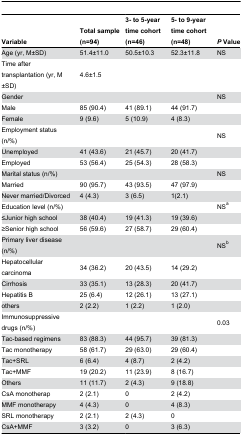
<table><thead><tr><td><b>Variable</b></td><td><b>Total sample (n=94)</b></td><td><b>3- to 5-year time cohort (n=46)</b></td><td><b>5- to 9-year time cohort (n=48)</b></td><td><b><i>P</i> Value</b></td></tr></thead><tbody><tr><td>Age (yr, M±SD)</td><td>51.4±11.0</td><td>50.5±10.3</td><td>52.3±11.8</td><td>NS</td></tr><tr><td>Time after transplantation (yr, M±SD)</td><td>4.6±1.5</td><td></td><td></td><td></td></tr><tr><td>Gender</td><td></td><td></td><td></td><td>NS</td></tr><tr><td> Male</td><td>85 (90.4)</td><td>41 (89.1)</td><td>44 (91.7)</td><td></td></tr><tr><td> Female</td><td>9 (9.6)</td><td>5 (10.9)</td><td>4 (8.3)</td><td></td></tr><tr><td>Employment status (n/%)</td><td></td><td></td><td></td><td>NS</td></tr><tr><td>Unemployed</td><td>41 (43.6)</td><td>21 (45.7)</td><td>20 (41.7)</td><td></td></tr><tr><td>Employed</td><td>53 (56.4)</td><td>25 (54.3)</td><td>28 (58.3)</td><td></td></tr><tr><td>Marital status (n/%)</td><td></td><td></td><td></td><td>NS</td></tr><tr><td>Married</td><td>90 (95.7)</td><td>43 (93.5)</td><td>47 (97.9)</td><td></td></tr><tr><td>Never married/Divorced</td><td>4 (4.3)</td><td>3 (6.5)</td><td>1(2.1)</td><td></td></tr><tr><td>Education level (n/%)</td><td></td><td></td><td></td><td>NS<sup>a</sup></td></tr><tr><td>≤Junior high school</td><td>38 (40.4)</td><td>19 (41.3)</td><td>19 (39.6)</td><td></td></tr><tr><td>≥Senior high school</td><td>56 (59.6)</td><td>27 (58.7)</td><td>29 (60.4)</td><td></td></tr><tr><td>Primary liver disease (n/%)</td><td></td><td></td><td></td><td>NS<sup>b</sup></td></tr><tr><td>Hepatocellular carcinoma</td><td>34 (36.2)</td><td>20 (43.5)</td><td>14 (29.2)</td><td></td></tr><tr><td>Cirrhosis</td><td>33 (35.1)</td><td>13 (28.3)</td><td>20 (41.7)</td><td></td></tr><tr><td>Hepatitis B</td><td>25 (6.4)</td><td>12 (26.1)</td><td>13 (27.1)</td><td></td></tr><tr><td> others</td><td>2 (2.2)</td><td>1 (2.2)</td><td>1 (2.0)</td><td></td></tr><tr><td>Immunosuppressive drugs (n/%)</td><td></td><td></td><td></td><td>0.03</td></tr><tr><td>Tac-based regimens</td><td>83 (88.3)</td><td>44 (95.7)</td><td>39 (81.3)</td><td></td></tr><tr><td> Tac monotherapy</td><td>58 (61.7)</td><td>29 (63.0)</td><td>29 (60.4)</td><td></td></tr><tr><td> Tac+SRL</td><td>6 (6.4)</td><td>4 (8.7)</td><td>2 (4.2)</td><td></td></tr><tr><td> Tac+MMF</td><td>19 (20.2)</td><td>11 (23.9)</td><td>8 (16.7)</td><td></td></tr><tr><td>Others</td><td>11 (11.7)</td><td>2 (4.3)</td><td>9 (18.8)</td><td></td></tr><tr><td> CsA monotherap</td><td>2 (2.1)</td><td>0</td><td>2 (4.2)</td><td></td></tr><tr><td> MMF monotherapy</td><td>4 (4.3)</td><td>0</td><td>4 (8.3)</td><td></td></tr><tr><td> SRL monotherapy</td><td>2 (2.1)</td><td>2 (4.3)</td><td>0</td><td></td></tr><tr><td> CsA+MMF</td><td>3 (3.2)</td><td>0</td><td>3 (6.3)</td><td></td></tr></tbody></table>